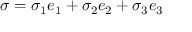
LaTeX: \sigma = \sigma _ { 1 } e _ { 1 } + \sigma _ { 2 } e _ { 2 } + \sigma _ { 3 } e _ { 3 }